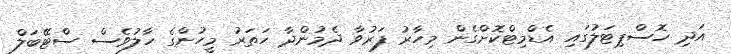
އަދި ހޮސްޕިޓަލުގައި އެޑްމިޓްކޮށްގެން މިހާރު ފަރުވާ ދެމުންދާ ހަތަރު މީހުންގެ ހާލުވެސް ސްޓޭބަލް